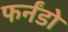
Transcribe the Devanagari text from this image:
फर्नंडो